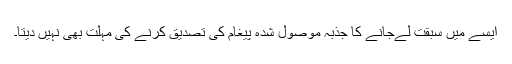
ایسے میں سبقت لےجانے کا جذبہ موصول شدہ پیغام کی تصدیق کرنے کی مہلت بھی نہیں دیتا۔